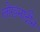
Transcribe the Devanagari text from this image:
लोखनादौन